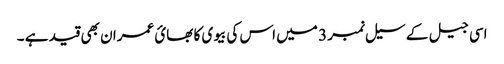
اسی جیل کے سیل نمبر 3 میں اس کی بیوی کا بھائ عمران بھی قید ہے ۔